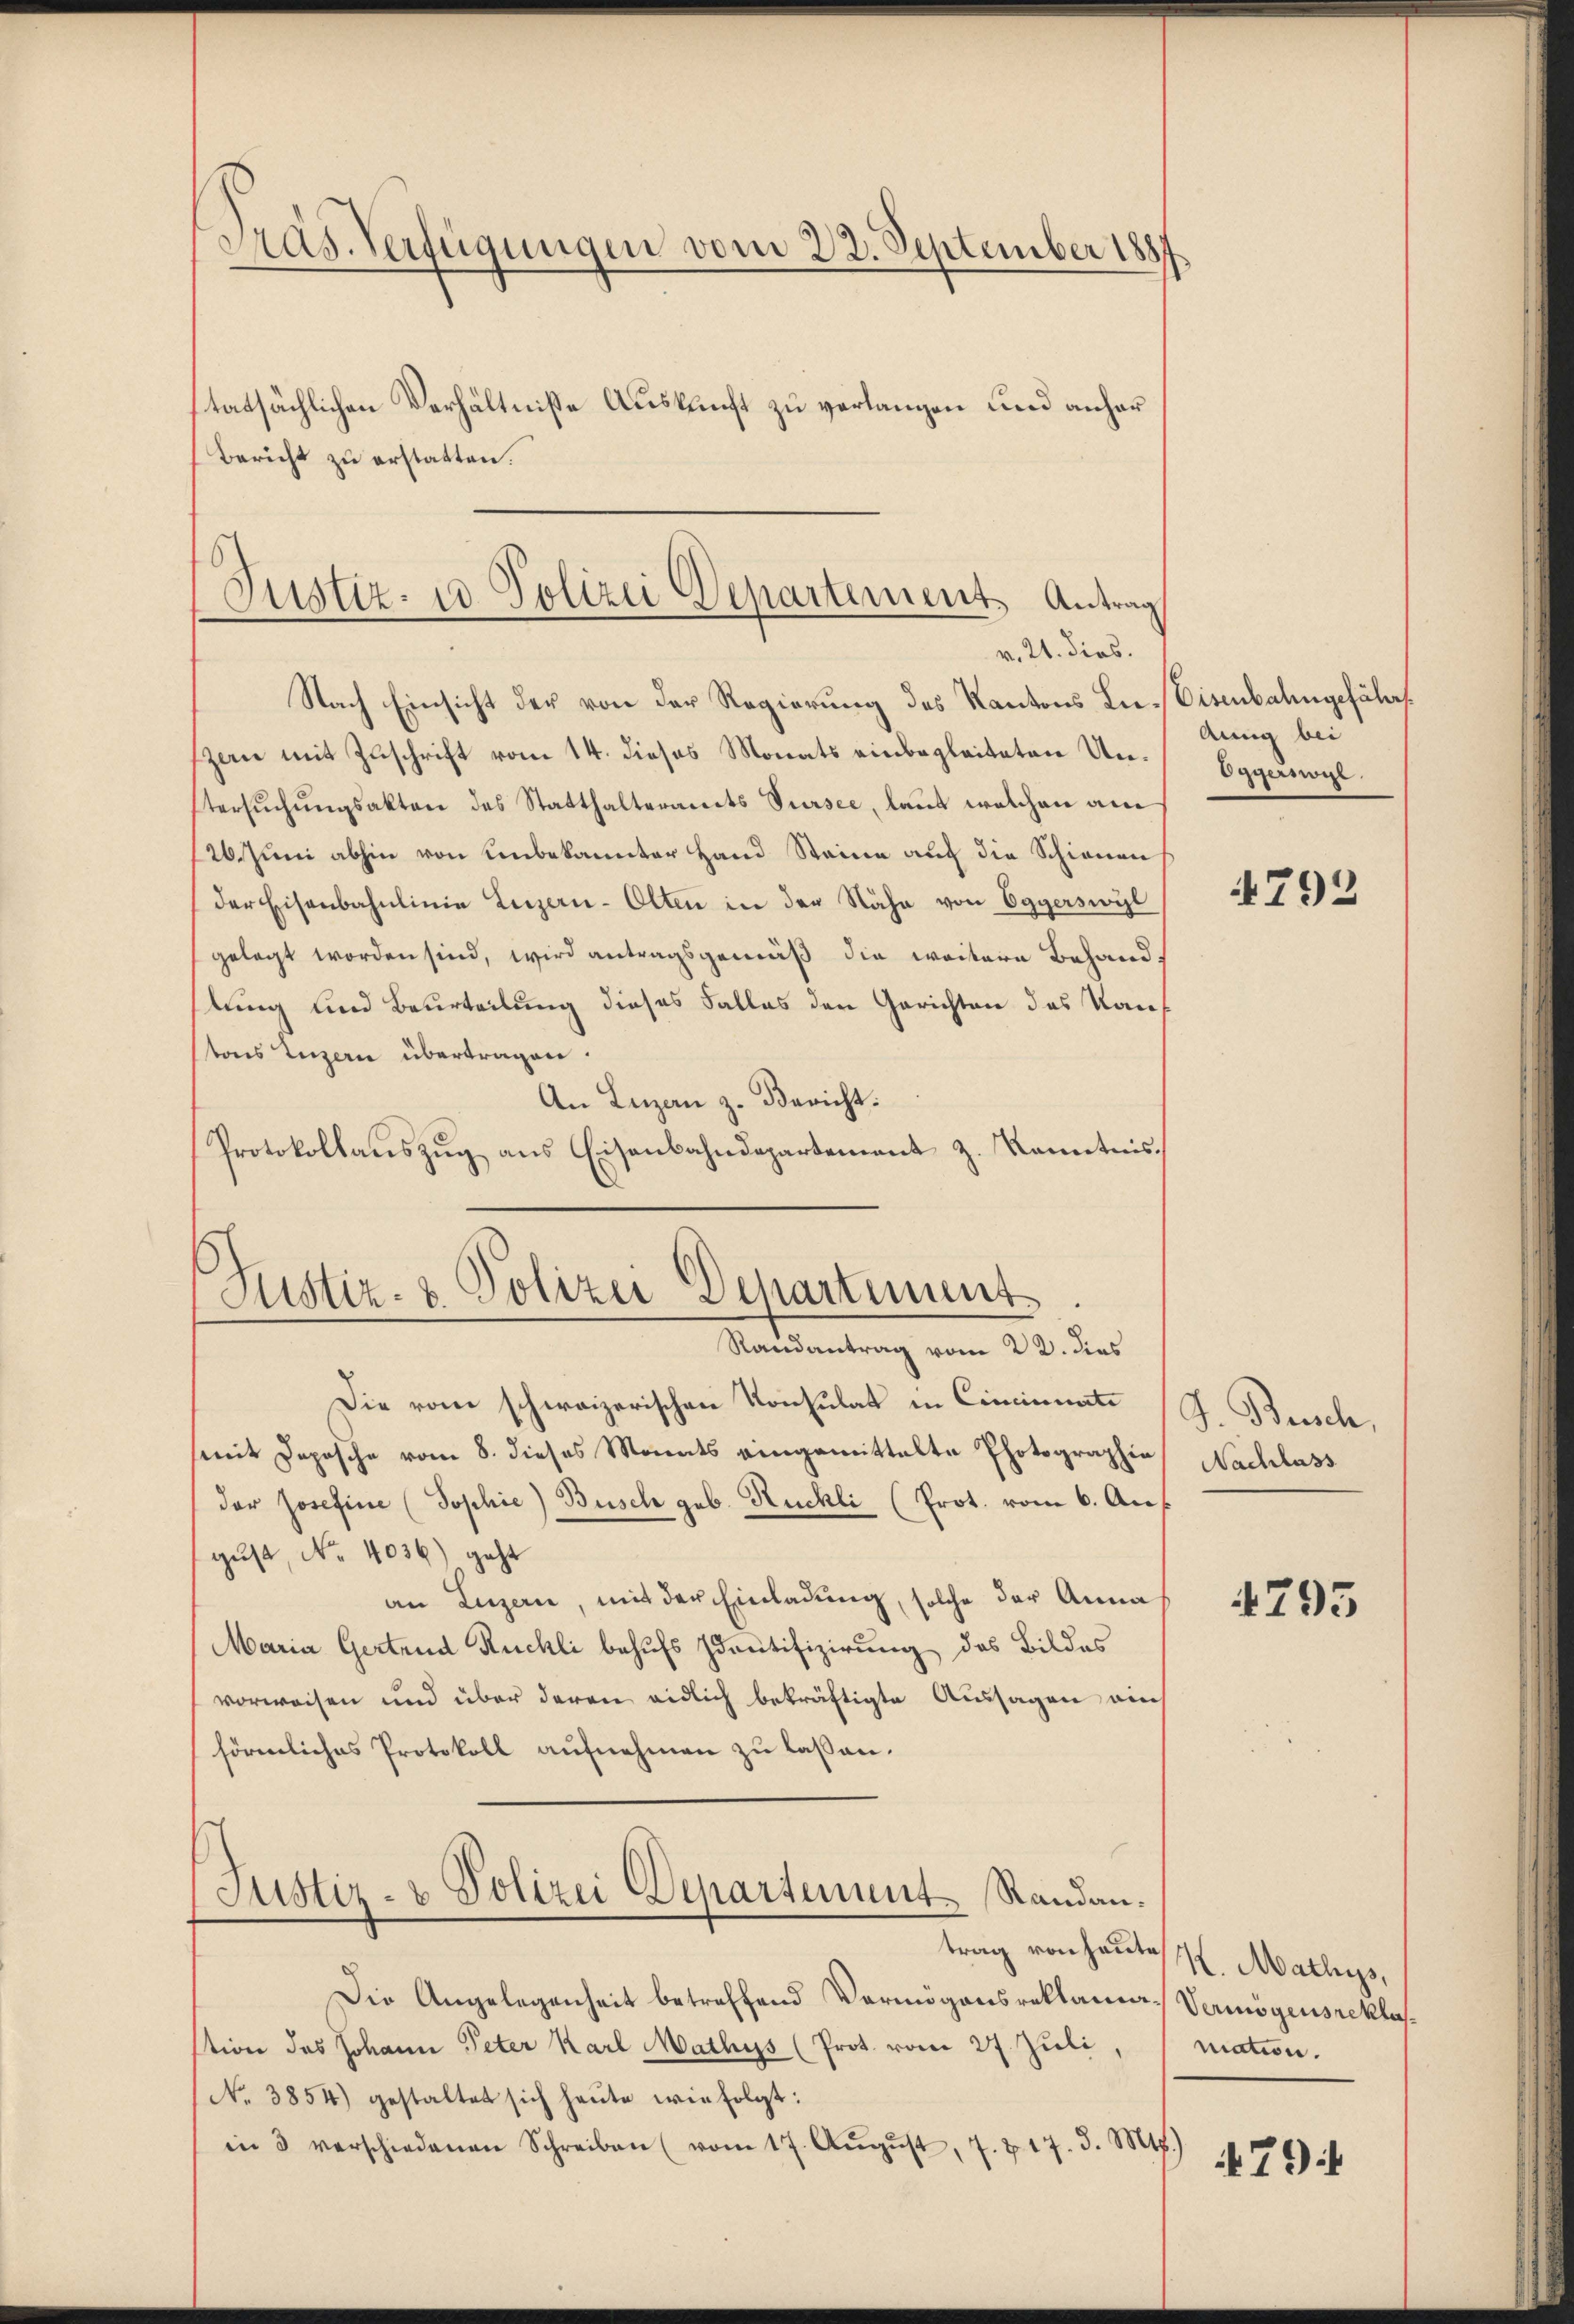
Präs. Verfügungen vom 22. September 1887
tatsächlichen Verhältnisse Auskunft zu verlangen und anher
Bericht zu erstatten.

Justiz- u Polizei Departement Antrag
v. 21. dies.

Nach Einsicht der von der Regierung des Kantons Lie-Eisenbahngeführt
zan mit Zuschrift vom 14. dieses Monats einbegleiteten Untersuchungsakten des Statthalteramts Sursee, laut welchen am
26. Juni abhin von unbekannter Hand Steine auch die Schienen
der Eisenbahnlinie Luzern-Olten in der Nähe von Eggerswyl
gelegt worden sind, wird antragsgemäß die weitere Behand
slung und Beurteilung dieses Falles den Gerichten des Kauf
tons Luzern übertragen.
An Luzan z. Bericht.
Protokollaŭszŭg ans Eisenbahndepartement z. Kenntnis.
Justiz- & Polizei Departiment.

Randantrag vom 22. dies

Die vom schweizerischen Konsulat in Cincinuati
(mit Depesche vom 8. dieses Monats eingemittelte Photographia
der Josefine (Sophie) Busch geb. Kuchli (Prot. vom 6. Au
gust, No. 4036) geht
an Luzern, mit der Einladung, solche der Anna
Maria Gertrud Ruchli behufs Identifizierung des Bildes
vorweisen und über deren eidlich bekräftigte Aussagen ain
förmliches Protokoll aufnehmen zu lassen.
Justiz- & Polizei Departement. Standantrag von heute K. Mathys,
Die Angelegenheit betreffend Vermögensreklama-Vermögensreklasstion des Johann Peter Karl Mathys (Prot. vom 27. Juli
No. 3854) gestaltet sich heute wie folgt:
in 3 verschiedenen Schreiben (vom 17. Aŭgŭst, 7. & 17. d. Mts.)

Aung bei
Eggeriögl.

4793

J. Besch,
Nachlass

1795

mation.

479